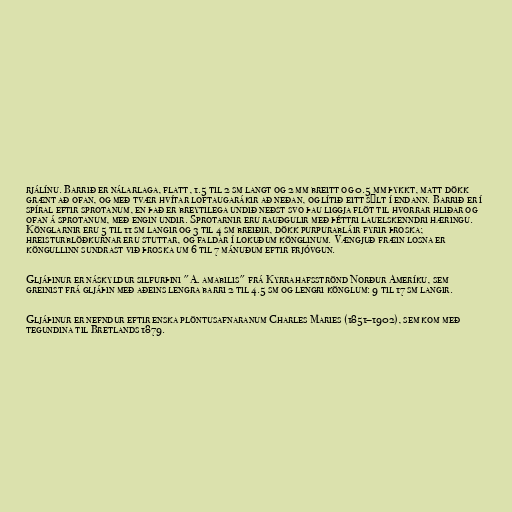
rjálínu. Barrið er nálarlaga, flatt, 1.5 til 2 sm langt og 2 mm breitt og 0.5 mm þykkt, matt dökk
grænt að ofan, og með tvær hvítar loftaugarákir að neðan, og lítið eitt sýlt í endann. Barrið er í
spíral eftir sprotanum, en það er breytilega undið neðst svo þau liggja flöt til hvorrar hliðar og
ofan á sprotanum, með engin undir. Sprotarnir eru rauðgulir með þéttri lauelskenndri hæringu.
Könglarnir eru 5 til 11 sm langir og 3 til 4 sm breiðir, dökk purpurabláir fyrir þroska;
hreisturblöðkurnar eru stuttar, og faldar í lokuðum könglinum. Vængjuð fræin losna er
köngullinn sundrast við þroska um 6 til 7 mánuðum eftir frjóvgun.

Gljáþinur er náskyldur silfurþini "A. amabilis" frá Kyrrahafsströnd Norður Ameríku, sem
greinist frá gljáþin með aðeins lengra barri 2 til 4.5 sm og lengri könglum: 9 til 17 sm langir.

Gljáþinur er nefndur eftir enska plöntusafnaranum Charles Maries (1851–1902), sem kom með
tegundina til Bretlands 1879.